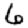
Digit: 6